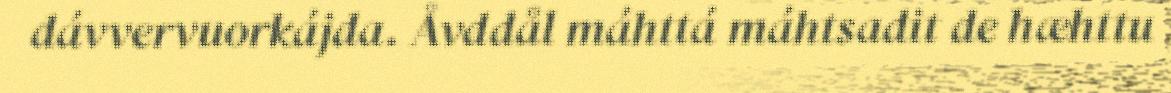
dávvervuorkájda. Åvddål máhttá máhtsadit de hæhttu